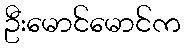
ဦးမောင်မောင်က